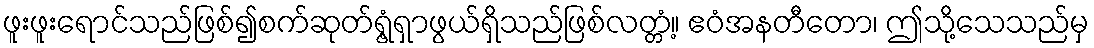
ဖူးဖူးရောင်သည်ဖြစ်၍စက်ဆုတ်ရွံ့ရှာဖွယ်ရှိသည်ဖြစ်လတ္တံ့။ ဧဝံအနတီတော၊ ဤသို့သေသည်မှ